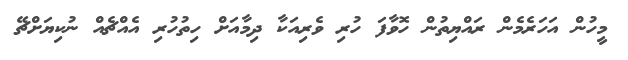
މީހުން އަހަރެމެން ރައްޔިތުން ހޮވާފަ ހުރި ވެރިއަކާ ދިމާއަށް ހިތުހުރި އެއްޗެއް ނުކިޔަށްޗޭ